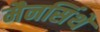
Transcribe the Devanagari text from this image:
मैनसिंथे